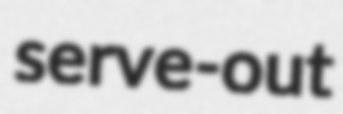
serve-out